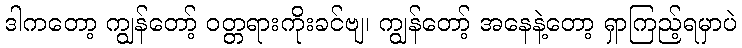
ဒါကတော့ ကျွန်တော့် ဝတ္တရားကိုးခင်ဗျ၊ ကျွန်တော့် အနေနဲ့တော့ ရှာကြည့်ရမှာပဲ